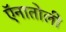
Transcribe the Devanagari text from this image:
ऍनातोली